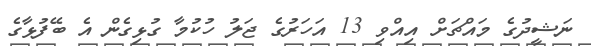
ނަޝީދުގެ މައްޗަށް އިއްވި 13 އަހަރުގެ ޖަލު ހުކުމާ ގުޅިގެން އެ ބޭފުޅާގެ